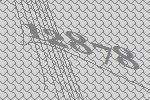
12878